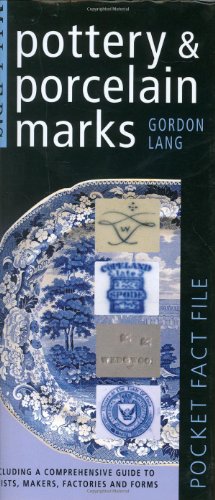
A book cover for Miller's Pocket Fact File: Pottery & Porcelain Marks: Including a Comprehensive Guide to Artists, Makers, Factories and Forms; Gordon Lang; Crafts, Hobbies & Home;